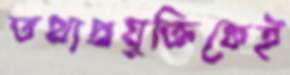
তথ্যপ্রযুক্তিকেই